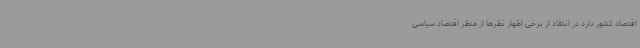
اقتصاد کشور دارد در انتقاد از برخی اظهار نظرها از منظر اقتصاد سیاسی